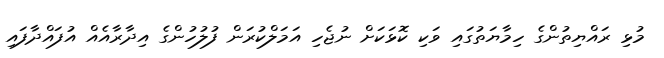
މުޅި ރައްޔިތުންގެ ހިމާޔަތުގައި ވަކި ކޮޅަކަށް ނުޖެހި އަމަލްކުރަން ފުލުހުންގެ އިދާރާއެއް އުފައްދާފައި